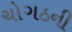
ચોગઠની